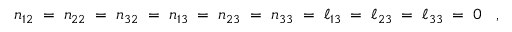
n _ { 1 2 } \; = \; n _ { 2 2 } \; = \; n _ { 3 2 } \; = \; n _ { 1 3 } \; = \; n _ { 2 3 } \; = \; n _ { 3 3 } \; = \; \ell _ { 1 3 } \; = \; \ell _ { 2 3 } \; = \; \ell _ { 3 3 } \; = \; 0 \; \; \; ,